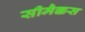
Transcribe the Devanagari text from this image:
सीमैक्कस